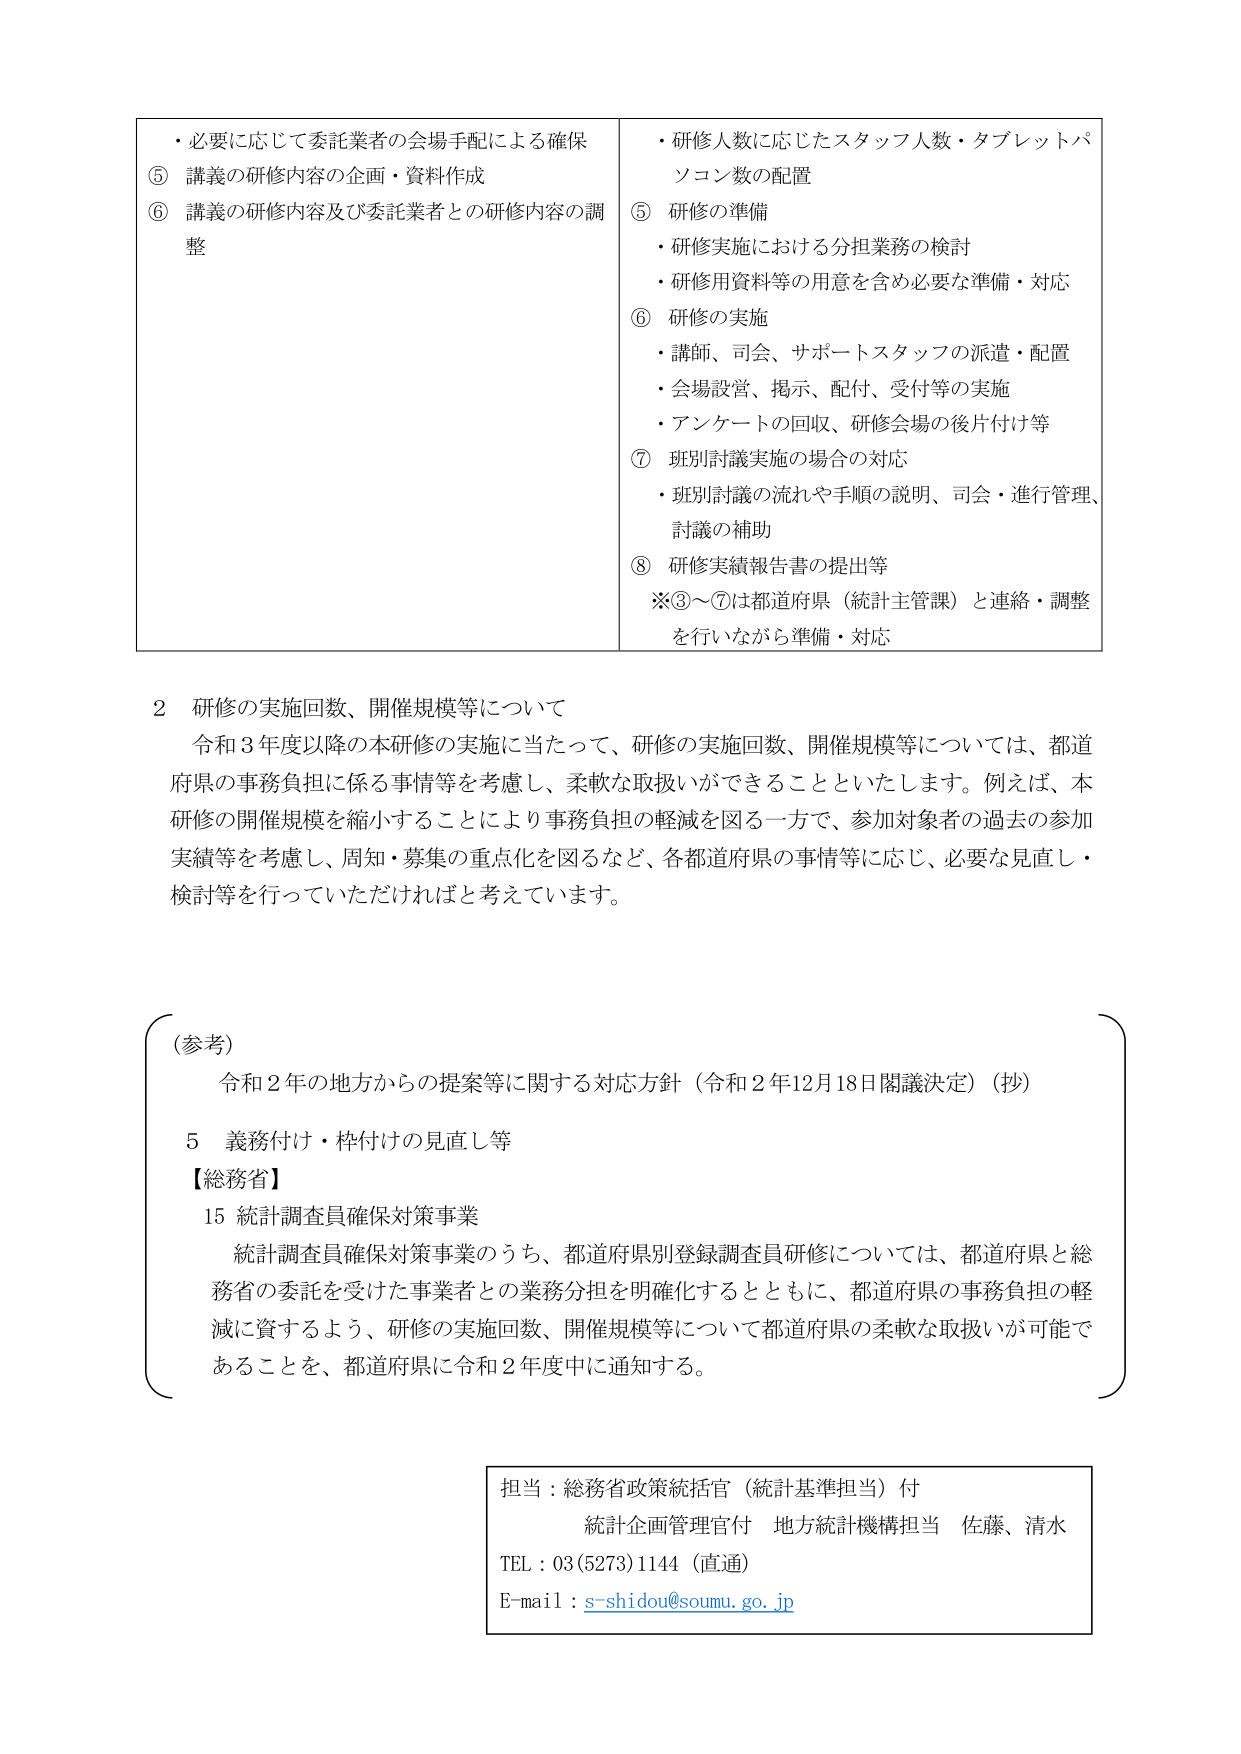
・必要に応じて委託業者の会場手配による確保
⑤ 講義の研修内容の企画・資料作成
⑥ 講義の研修内容及び委託業者との研修内容の調整

・研修人数に応じたスタッフ人数・タブレットパソコン数の配置
⑤ 研修の準備
・研修実施における分担業務の検討
・研修用資料等の用意を含め必要な準備・対応
⑥ 研修の実施
・講師、司会、サポートスタッフの派遣・配置
・会場設営、掲示、配付、受付等の実施
・アンケートの回収、研修会場の後片付け等
⑦ 班別討議実施の場合の対応
・班別討議の流れや手順の説明、司会・進行管理、討議の補助
⑧ 研修実績報告書の提出等
※③～⑦は都道府県（統計主管課）と連絡・調整を行いながら準備・対応

2 研修の実施回数、開催規模等について
令和3年度以降の本研修の実施に当たって、研修の実施回数、開催規模等については、都道府県の事務負担に係る事情等を考慮し、柔軟な取扱いができることといたします。例えば、本研修の開催規模を縮小することにより事務負担の軽減を図る一方で、参加対象者の過去の参加実績等を考慮し、周知・募集の重点化を図るなど、各都道府県の事情等に応じ、必要な見直し・検討等を行っていただければと考えています。

（参考）
令和2年の地方からの提案等に関する対応方針（令和2年12月18日閣議決定）（抄）
5 義務付け・枠付けの見直し等
【総務省】
15 統計調査員確保対策事業
統計調査員確保対策事業のうち、都道府県別登録調査員研修については、都道府県と総務省の委託を受けた事業者との業務分担を明確化するとともに、都道府県の事務負担の軽減に資するよう、研修の実施回数、開催規模等について都道府県の柔軟な取扱いが可能であることを、都道府県に令和2年度中に通知する。

担当：総務省政策統括官（統計基準担当）付
統計企画管理官付 地方統計機構担当 佐藤、清水
TEL：03(5273)1144（直通）
E-mail：s-shidou@soumu.go.jp